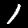
Label: 1